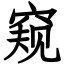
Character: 窥